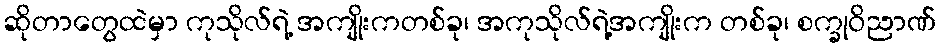
ဆိုတာတွေထဲမှာ ကုသိုလ်ရဲ့ အကျိုးကတစ်ခု၊ အကုသိုလ်ရဲ့အကျိုးက တစ်ခု၊ စက္ခုဝိညာဏ်